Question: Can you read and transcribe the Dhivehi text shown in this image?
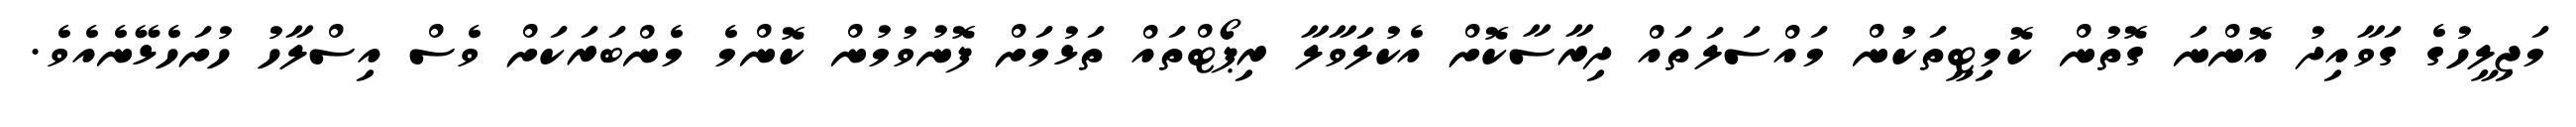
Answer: މަޖިލީހުގެ ގަވާއިދު އޮންނަ ގޮތުން ކޮމިޓީތަކުން މައްސަލަތައް ދިރާސާކޮށް އެކުލަވާލާ ރިޕޯޓްތައް ތަޅުމަށް ފޮނުވުމުން ކޮންމެ މެންބަރަކަށް ވެސް އިސްލާހު ހުށަހެޅޭނެއެވެ.